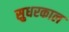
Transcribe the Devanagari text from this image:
सुधरकाल